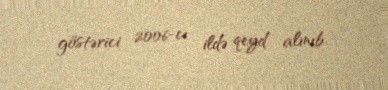
göstərici 2006-cı ildə qeyd alınıb.